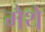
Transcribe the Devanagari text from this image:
मैथे